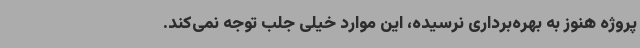
پروژه هنوز به بهره‌برداری نرسیده، این موارد خیلی جلب توجه نمی‌کند.